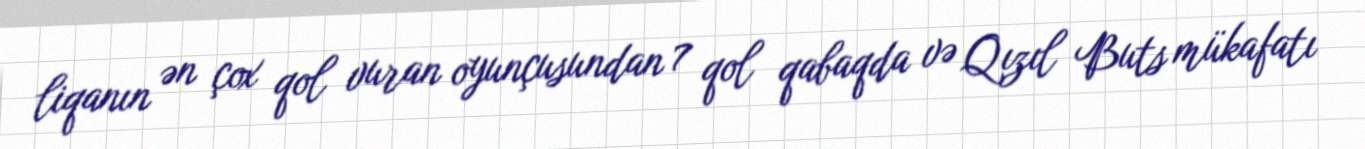
liqanın ən çox qol vuran oyunçusundan 7 qol qabaqda və Qızıl Buts mükafatı